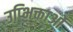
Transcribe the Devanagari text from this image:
उप्भिक्ताओं